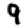
Digit: 9